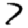
Digit: 7